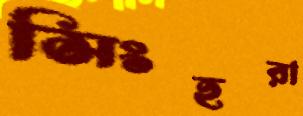
সিংহরা